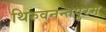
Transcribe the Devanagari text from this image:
थिरुवनन्तपुरम